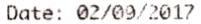
DATE: 02/09/2017